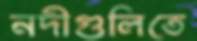
নদীগুলিতে